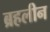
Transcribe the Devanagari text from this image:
ब्रहलीन